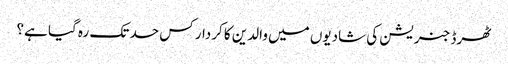
ٹھرڈ جنریشن کی شادیوں میں والدین کا کردار کس حد تک رہ گیا ہے؟